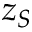
z _ { S }